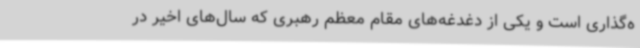
ه‌گذاری است و یکی از دغدغه‌های مقام معظم رهبری که سال‌های اخیر در